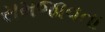
સમજાવતા